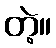
တဲ့။